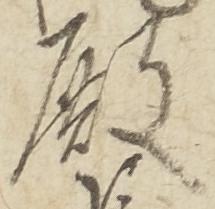
殿